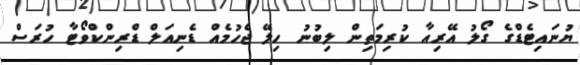
ޔުނައިޓެޑްގެ ގޯލު އޭރިއާ ކުރިމަތިން ލިބުނު ހިލޭ ޖެހުމެއް ޑެނިއަލް ޑްރިންކްވޯޓާ ހުރަސް